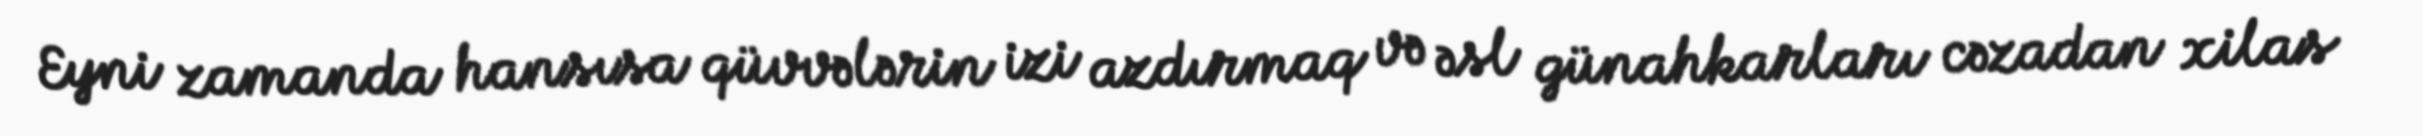
Eyni zamanda hansısa qüvvələrin izi azdırmaq və əsl günahkarları cəzadan xilas